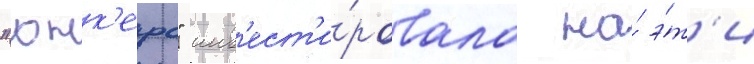
"юнк'ерс" инв'ест'и́ровала на́ э́т'и